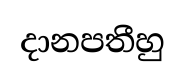
දානපතීහු